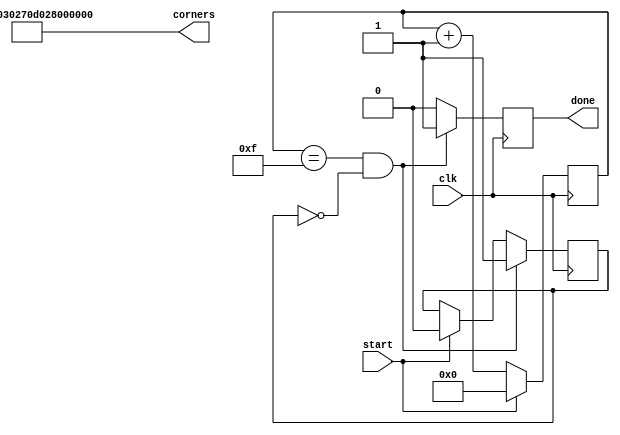
`timescale 1ns / 1ps
//////////////////////////////////////////////////////////////////////////////////
// Company: 
// Engineer: 
// 
// Design Name: 
// Module Name:    corner_detector 
// Project Name: 
// Target Devices: 
// Tool versions: 
// Description: 
//
// Dependencies: 
//
// Revision: 
// Revision 0.01 - File Created
// Additional Comments: 
//
//////////////////////////////////////////////////////////////////////////////////
module corner_detector(
	 input clk,
    input start,
    output reg done,
	 output [79:0] corners
    );

	reg [4:0] count;
	reg pulsed = 0;
	
	assign corners[79:70] = 10'd192;
	assign corners[69:60] = 10'd144;
	assign corners[59:50] = 10'd192;
	assign corners[49:40] = 10'd624;
	assign corners[39:30] = 10'd832;
	assign corners[29:20] = 10'd624;
	assign corners[19:10] = 10'd832;
	assign corners[09:00] = 10'd144;
	
	//for now just implement an empty corner detector
	always @(posedge clk) begin
		count <= count + 1;
		if(start) begin
			count <= 0;
			pulsed <= 0;
		end
		
		if(count == 15 && pulsed == 0) begin
			done <= 1;
			pulsed <= 1;
		end
		else begin
			done <= 0;
		end
	end

endmodule